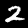
Label: 2